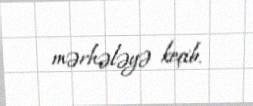
mərhələyə keçib.